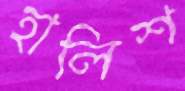
হালিশ